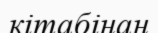
кітабінан